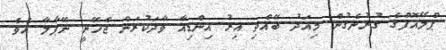
ޕްލޭއޮފްގެ ގުރުނެގުން މިއަދު ބޭއްވި އިރު އިންޑިއާ ވާދަކުރަން ޖެހޭނީ ނޭޕާލާ އެވެ.